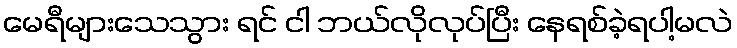
မေရီများသေသွား ရင် ငါ ဘယ်လိုလုပ်ပြီး နေရစ်ခဲ့ရပါ့မလဲ